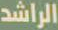
الراشد